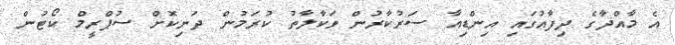
އެ މާއްދާގެ ދިފާއުގައި އިންޑިއާ ސަރުކާރުން ވަކާލާތު ކުރަމުން ދަނިކޮށް ސުޕްރީމް ކޯޓުން